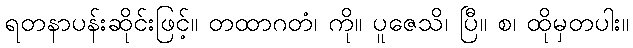
ရတနာပန်းဆိုင်းဖြင့်။ တထာဂတံ၊ ကို။ ပူဇေသိ၊ ပြီ။ စ၊ ထိုမှတပါး။